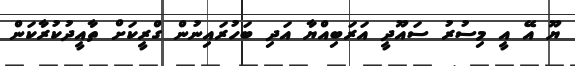
ޔޫ އޭ އީ މިސުރު ސައޫދީ އަރަބިއްޔާ އަދި ބަހުރައިނުން ގްރީކަށް ތާއީދުކުރާކަން